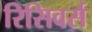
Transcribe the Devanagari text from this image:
रिसिवर्स